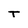
Character: T